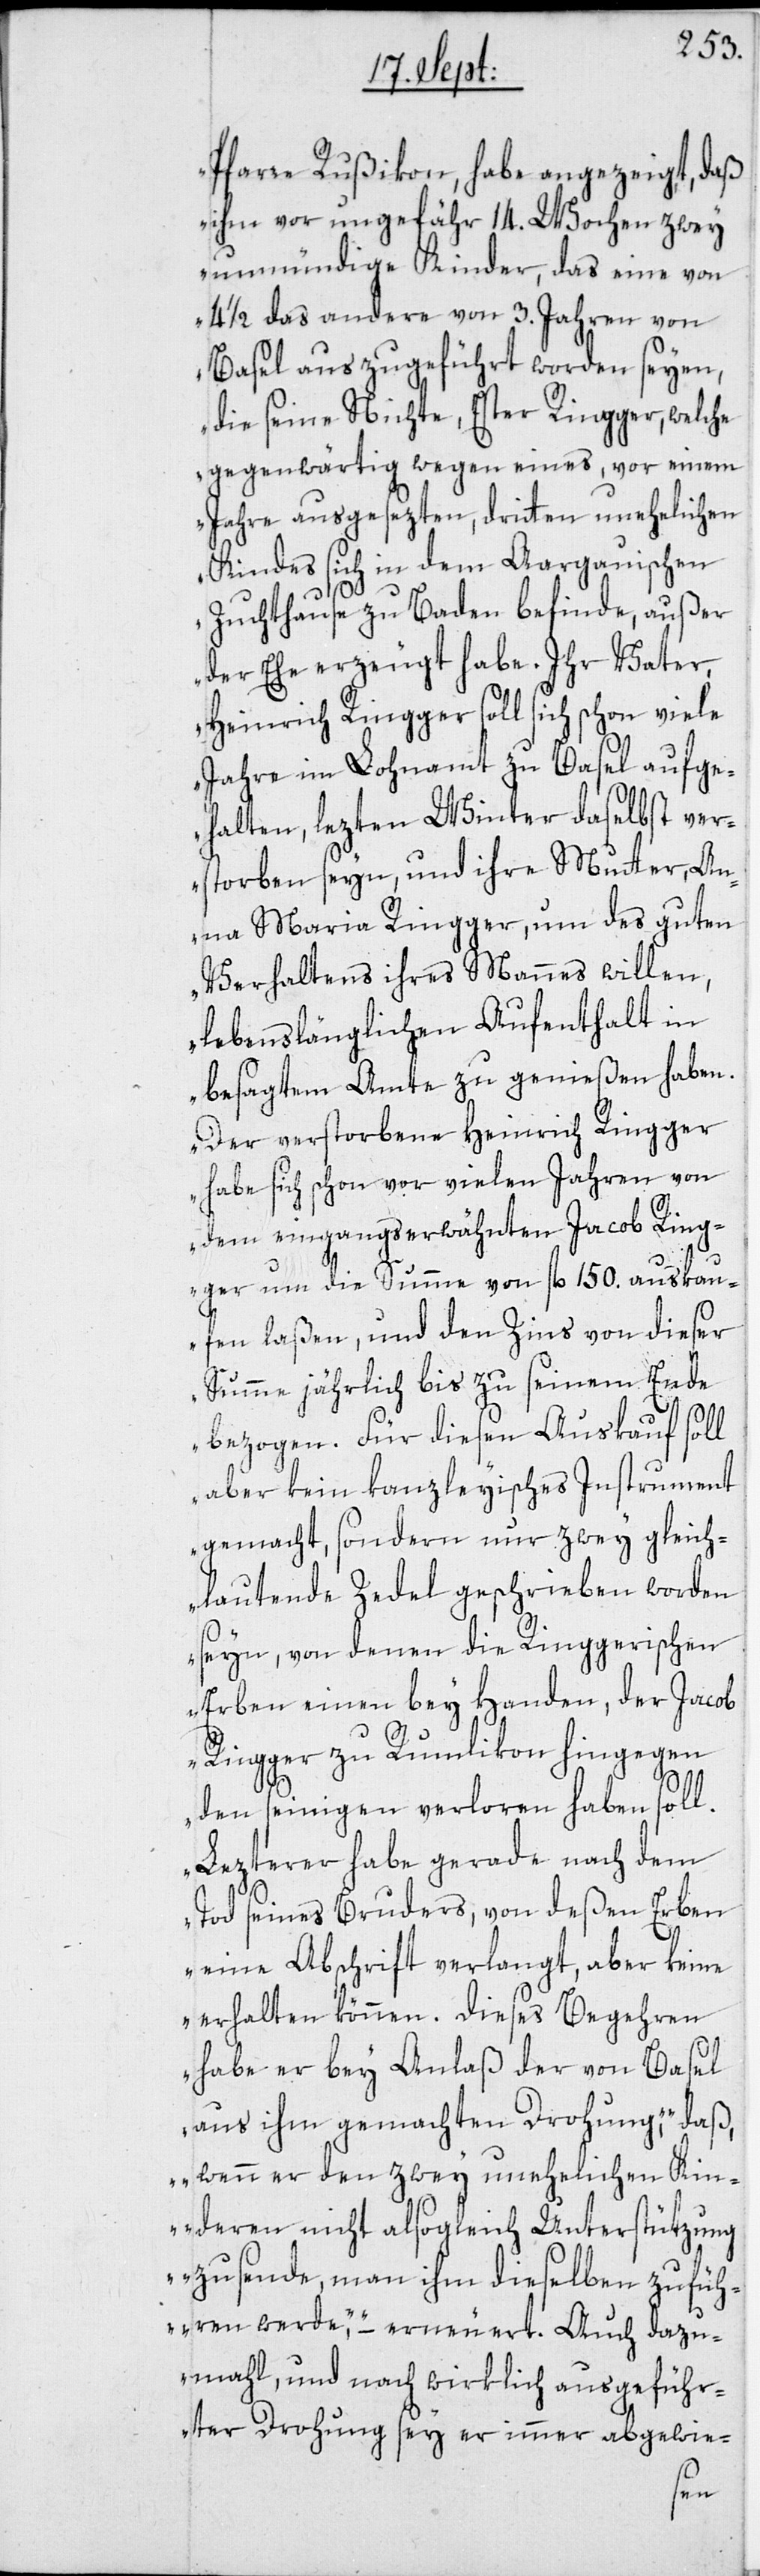
Pfarre Rußikon, habe angezeigt, daß
ihm vor ungefähr 14. Wochen zwey
unmündige Kinder, das eine von
4 1/2 das andere von 3. Jahren von
Basel aus zugeführt worden seyen,
die seine Nichte, Ester Ringger, welche
gegenwärtig wegen eines, vor einem
Jahre ausgesezten, dritten unehelichen
Kindes sich in dem Aargauischen
Zuchthause zu Baden befinde, außer
der Ehe erzeugt habe. Ihr Vater,
Heinrich Ringger soll sich schon viele
Jahre im Lohnamt zu Basel aufge¬
halten, lezten Winter daselbst ver¬
storben seyn, und ihre Mutter, An¬
na Maria Ringger, um des guten
Verhaltens ihres Mannes willen,
lebenslänglichen Aufenthalt in
besagtem Amte zu genießen haben.
Der verstorbene Heinrich Ringger
habe sich schon vor vielen Jahren von
dem eingangserwähnten Jacob Ring¬
ger um die Summe von fl. 150. auskau¬
fen laßen, und den Zins von dieser
Summe jährlich bis zu seinem Ende
bezogen. Für diesen Auskauf soll
aber kein kanzleyisches Instrument
gemacht, sondern nur zwey gleich¬
lautende Zedel geschrieben worden
seyn, von denen die Ringgerischen
Erben einen bey Handen, der Jacob
Ringger zu Rumlikon hingegen
den seinigen verloren haben soll.
Lezterer habe gerade nach dem
Tod seines Bruders, von deßen Erben
eine Abschrift verlangt, aber keine
erhalten können. Dieses Begehren
habe er bey Anlaß der von Basel
aus ihm gemachten Drohung, „daß,
wenn er den zwey unehelichen Kin¬
deren nicht alsogleich Unterstützung
zusende, man ihm dieselben zufüh¬
ren werde“, – erneuert. Auch dazu¬
mahl, und nach wirklich ausgeführ¬
ter Drohung sey er immer abgewie-